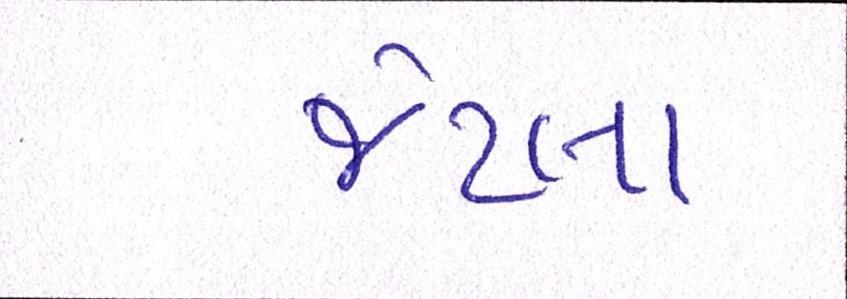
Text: જેટલા